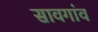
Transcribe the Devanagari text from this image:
सावगांव